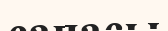
сапасы